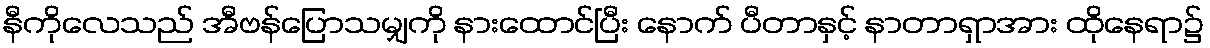
နီကိုလေသည် အီဗန်ပြောသမျှကို နားထောင်ပြီး နောက် ပီတာနှင့် နာတာရှာအား ထိုနေရာ၌